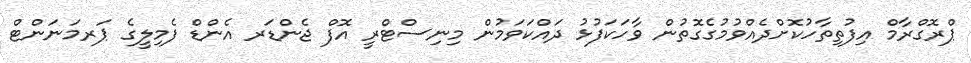
ޕްރޮގްރާމް އިފުތިތާހުކޮށްދެއްވުމުގެގޮތުން ވާހަކަފުޅު ދައްކަވަމުން މިނިސްޓްރީ އޮފް ޖެންޑަރ އެންޑް ފެމިލީގެ ޕަރމަނަންޓް